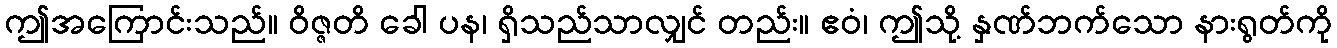
ဤအကြောင်းသည်။ ဝိဇ္ဇတိ ခေါ ပန၊ ရှိသည်သာလျှင် တည်း။ ဧဝံ၊ ဤသို့ နှဏ်ဘက်သော နားရွတ်ကို